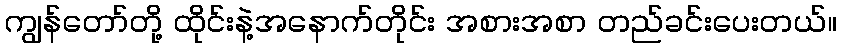
ကျွန်တော်တို့ ထိုင်းနဲ့အနောက်တိုင်း အစားအစာ တည်ခင်းပေးတယ်။